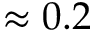
\approx 0 . 2